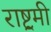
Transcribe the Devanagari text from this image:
राष्ट्रमी